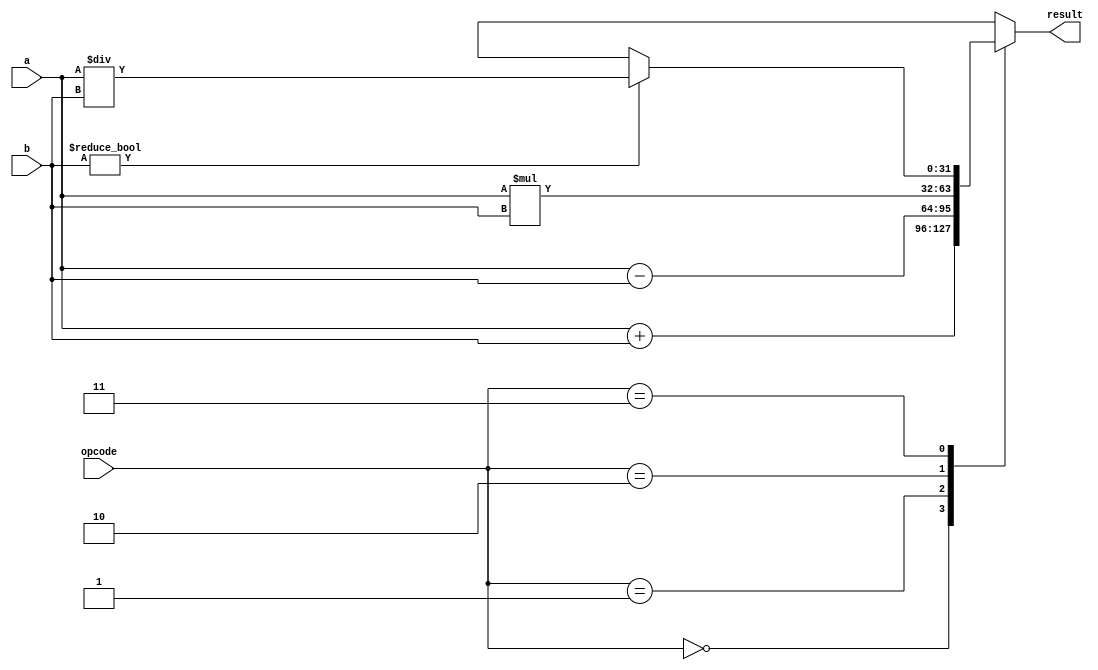
module FixedPointFloatingPointUnit (
    input wire [31:0] a,
    input wire [31:0] b,
    input wire [1:0] opcode,
    output wire [31:0] result
);

reg [31:0] result_internal;

always @(*)
begin
    case(opcode)
        2'b00: result_internal = a + b; // Addition
        2'b01: result_internal = a - b; // Subtraction
        2'b10: result_internal = a * b; // Multiplication
        2'b11: begin
                   if(b != 0)
                       result_internal = a / b; // Division
                   else
                       result_internal = 32'hXXXXXXXX; // Error
               end
        default: result_internal = 32'hXXXXXXXX; // Error
    endcase
end

assign result = result_internal;

endmodule